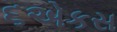
૬એકસ